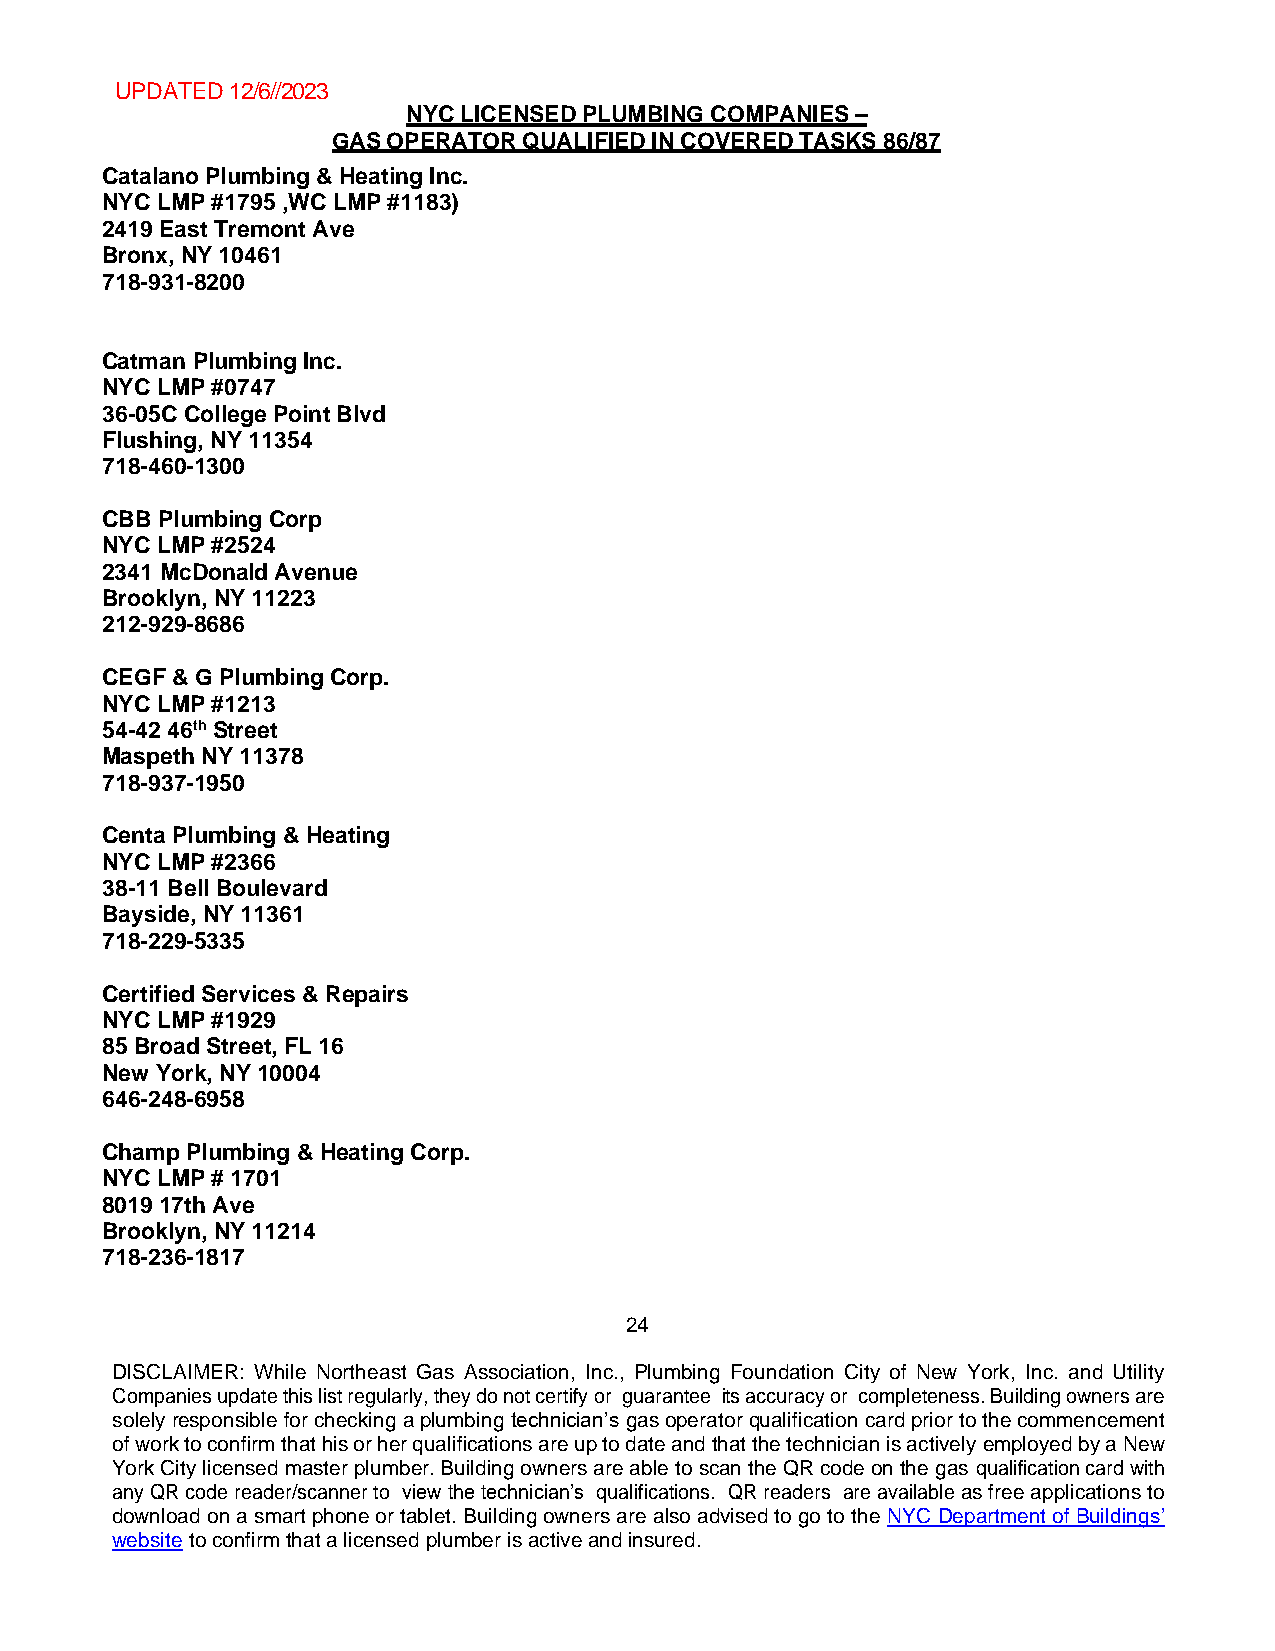
UPDATED 12/6//2023
 NYC LICENSED PLUMBING COMPANIES –
 GAS OPERATOR QUALIFIED IN COVERED TASKS 86/87
 Catalano Plumbing & Heating Inc.
 NYC LMP #1795 ,WC LMP #1183)
 2419 East Tremont Ave
 Bronx, NY 10461
 718-931-8200
 Catman Plumbing Inc.
 NYC LMP #0747
 36-05C College Point Blvd
 Flushing, NY 11354
 718-460-1300
 CBB Plumbing Corp
 NYC LMP #2524
 2341 McDonald Avenue
 Brooklyn, NY 11223
 212-929-8686
 CEGF & G Plumbing Corp.
 NYC LMP #1213
 54-42 46th Street
 Maspeth NY 11378
 718-937-1950
 Centa Plumbing & Heating
 NYC LMP #2366
 38-11 Bell Boulevard
 Bayside, NY 11361
 718-229-5335
 Certified Services & Repairs
 NYC LMP #1929
 85 Broad Street, FL 16
 New York, NY 10004
 646-248-6958
 Champ Plumbing & Heating Corp.
 NYC LMP # 1701
 8019 17th Ave
 Brooklyn, NY 11214
 718-236-1817
 24
 DISCLAIMER: While Northeast Gas Association, Inc., Plumbing Foundation City of New York, Inc. and Utility
 Companies update this list regularly, they do not certify or guarantee its accuracy or completeness. Building owners are
 solely responsible for checking a plumbing technician’s gas operator qualification card prior to the commencement
 of work to confirm that his or her qualifications are up to date and that the technician is actively employed by a New
 York City licensed master plumber. Building owners are able to scan the QR code on the gas qualification card with
 any QR code reader/scanner to view the technician’s qualifications. QR readers are available as free applications to
 download on a smart phone or tablet. Building owners are also advised to go to the NYC Department of Buildings’
 website to confirm that a licensed plumber is active and insured.